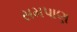
સમપાણ